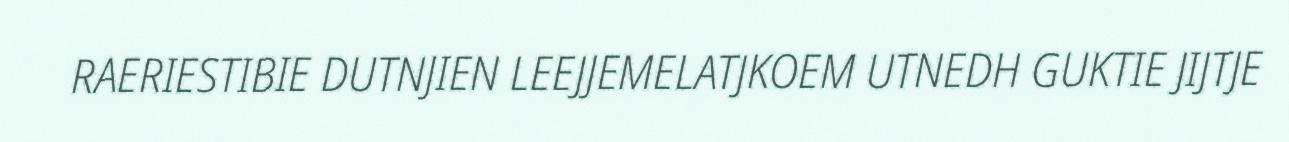
RAERIESTIBIE DUTNJIEN LEEJJEMELATJKOEM UTNEDH GUKTIE JIJTJE